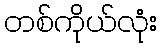
တစ်ကိုယ်လုံး